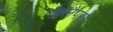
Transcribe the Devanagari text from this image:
क्लैपर्स